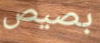
بصيص